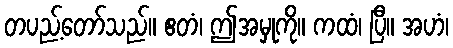
တပည့်တော်သည်။ ဧတံ၊ ဤအမှုကို။ ကထံ၊ ပြီ။ အဟံ၊